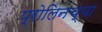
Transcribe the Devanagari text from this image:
प्रोलिनच्या